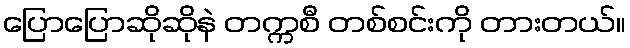
ပြောပြောဆိုဆိုနဲ တက္ကစီ တစ်စင်းကို တားတယ်။